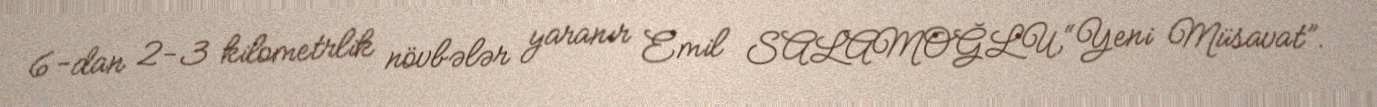
6-dan 2-3 kilometrlik növbələr yaranır Emil SALAMOĞLU,“Yeni Müsavat”.